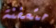
متعفنة